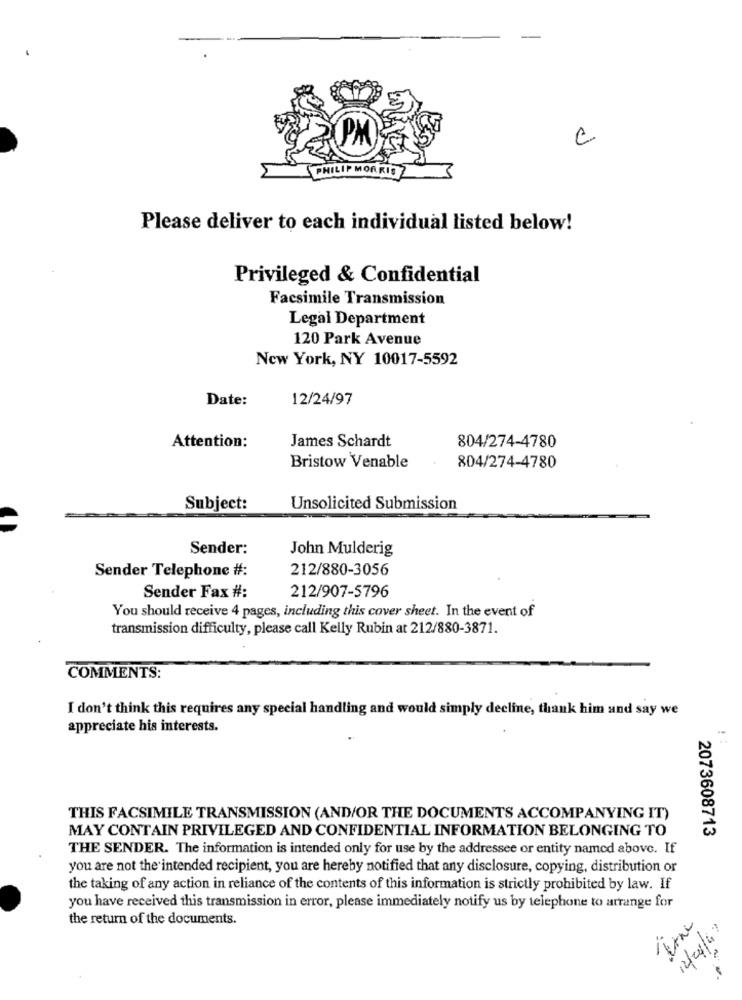
C
WORK
Please deliver to each individual listed below!
Privileged & Confidential
Facsimile Transmission
Legal Department
120 Park Avenue
New York, NY 10017-5592
Date:
12/24/97
James Schardt
Attention:
804/274-4780
Bristow Venable
804/274-4780
Subject:
Unsolicited Submission
Sender:
John Mulderig
Sender Telephone #:
212/880-3056
Sender Fax #:
212/907-5796
You should receive 4 pages, including this cover sheet. In the event of
transmission difficulty, please call Kelly Rubin at 212/880-3871.
COMMENTS:
I don't think this requires any special handling and would simply decline, thank him and say we
appreciate his interests.
!
THIS FACSIMILE TRANSMISSION (AND/OR THE DOCUMENTS ACCOMPANYING IT)
MAY CONTAIN PRIVILEGED AND CONFIDENTIAL INFORMATION BELONGING TO
2073608713
THE SENDER. The information is intended only for use by the addressee or entity named above. If
you are not the intended recipient, you are hereby notified that any disclosure, copying, distribution or
the taking of any action in reliance of the contents of this information is strictly prohibited by law. If
you have received this transmission in error, please immediately notify us by telephone to arrange for
the return of the documents.
12/04/67